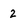
Character: 2